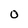
Character: 0